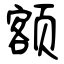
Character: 额